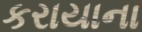
કરાયાના